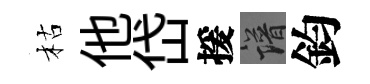
枯他岱援譜鈞